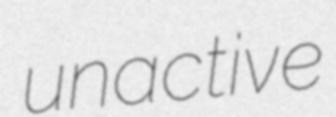
unactive